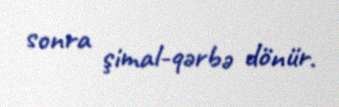
sonra şimal-qərbə dönür.